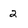
Character: 2